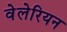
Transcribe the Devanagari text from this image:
वेलेरियन